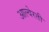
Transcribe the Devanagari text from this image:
आल्वेरती